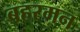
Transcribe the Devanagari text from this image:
बहरमन